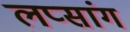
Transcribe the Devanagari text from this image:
लप्सांग